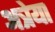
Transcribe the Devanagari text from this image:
अत्रेया